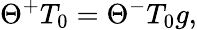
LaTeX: \Theta^{+}T_{0}=\Theta^{-}T_{0}g,